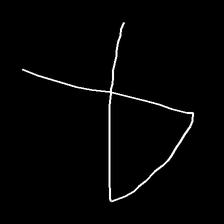
Glyph: collection